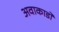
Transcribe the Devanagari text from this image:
अवाकाडो